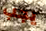
يجب